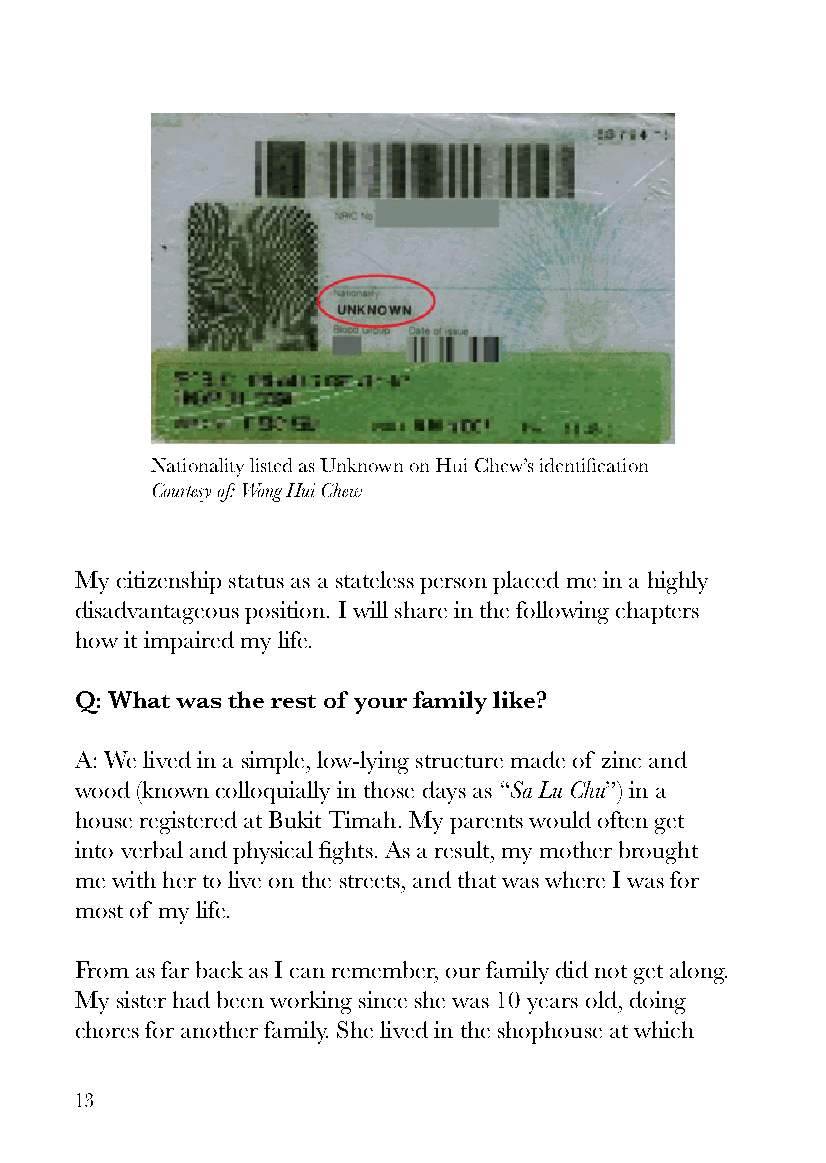
Nationality listed as Unknown on Hui Chew’s identification
 Courtesy of: Wong Hui Chew
 My citizenship status as a stateless person placed me in a highly
 disadvantageous position. I will share in the following chapters
 how it impaired my life.
 Q: What was the rest of your family like?
 A: We lived in a simple, low-lying structure made of zinc and
 wood (known colloquially in those days as “Sa Lu Chu”) in a
 house registered at Bukit Timah. My parents would often get
 into verbal and physical fights. As a result, my mother brought
 me with her to live on the streets, and that was where I was for
 most of my life.
 From as far back as I can remember, our family did not get along.
 My sister had been working since she was 10 years old, doing
 chores for another family. She lived in the shophouse at which
 13